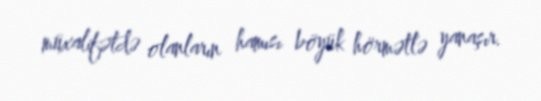
müxalifətdə olanların hamısı böyük hörmətlə yanaşır.